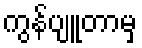
ကွန်ပျူတာမှ